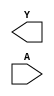
module sky130_fd_sc_hd__clkinv (
    Y,
    A
);

    output Y;
    input  A;

    // Voltage supply signals
    supply1 VPWR;
    supply0 VGND;
    supply1 VPB ;
    supply0 VNB ;

endmodule